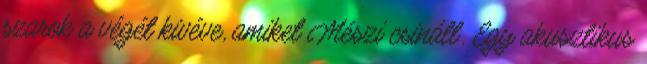
szarok a végét kivéve, amiket Mészi csinált. Egy akusztikus